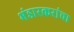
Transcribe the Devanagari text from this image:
भंडारकरांचा